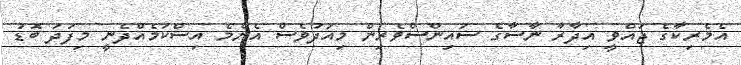
އެމެރިކާގެ ޖައްވީ އިދާރާ ނާސާގެ ސައިންސްވެރިން މިއަދުވެސް އެންމެ އިސްކަމެއްދެނީ މިފަދަ ބޮޑު